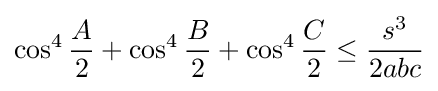
\cos ^{4}{\frac {A}{2}}+\cos ^{4}{\frac {B}{2}}+\cos ^{4}{\frac {C}{2}}\leq {\frac {s^{3}}{2abc}}